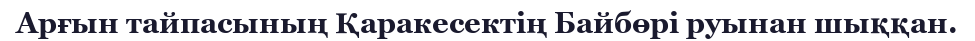
Арғын тайпасының Қаракесектің Байбөрі руынан шыққан.